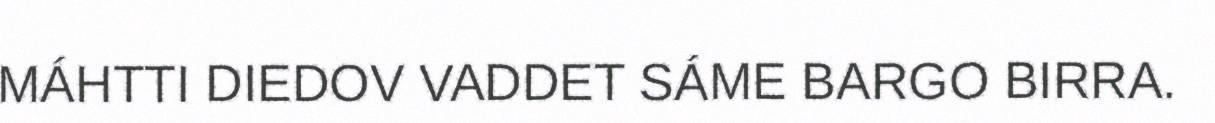
MÁHTTI DIEDOV VADDET SÁME BARGO BIRRA.